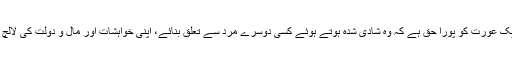
اس سیریل کو دیکھنے کے بعد ایسا لگاکہ اسلام کے خاندانی نظام کا دشمن آج کامیاب ہوگیا کہ ایک عورت کو پورا حق ہے کہ وہ شادی شدہ ہوتے ہوئے کسی دوسرے مرد سے تعلق بنائے، اپنی خواہشات اور مال و دولت کی لالچ میں اپنے گھر اور بچے کو کوئی اہمیت نہ دے، صرف اور صرف اپنی خواہشات کی فکر کرے۔